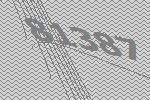
81387